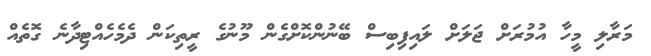
މަރާލި މީހާ އުމުރަށް ޖަލަށް ލައިފިބިސް ބޭނުންކޮށްގެން މޫނުގެ ރީތިކަން ދެމެހެއްޓިދާނެ ގޮތެއް